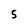
Character: 5